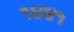
૧૪૪૧